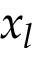
x _ { l }